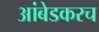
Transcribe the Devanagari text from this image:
आंबेडकरच